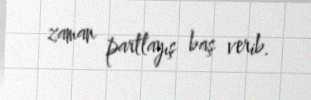
zaman partlayış baş verib.